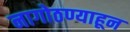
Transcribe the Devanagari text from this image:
नागोठण्याहून